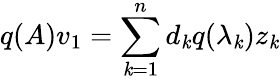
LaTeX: q(A)v_{1}=\sum_{\mathit{k}=1}^{n}d_{\mathit{k}}q(\lambda_{\mathit{k}})z_{\mathit{k}}